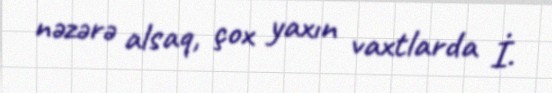
nəzərə alsaq, çox yaxın vaxtlarda İ.